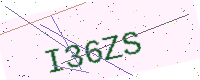
Text: I36ZS